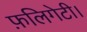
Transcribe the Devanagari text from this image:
फ़लिगेटी।